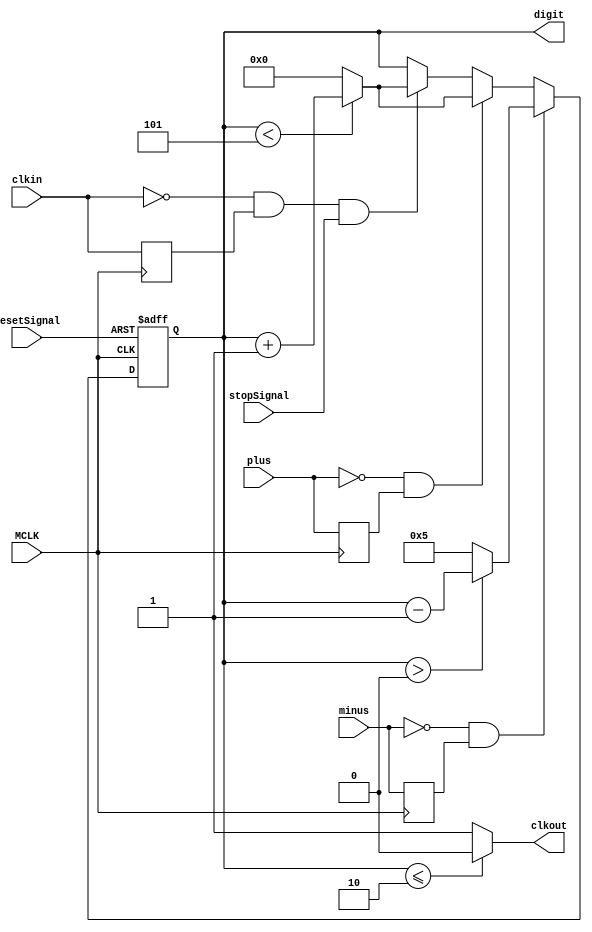
module Digits0to5(
	input clkin,
	input resetSignal,
	input plus,
	input minus,
	input stopSignal,
	input MCLK,
	
	output reg clkout,
	output reg [3:0] digit
);

parameter MIN_DIGIT = 0;
parameter MAX_DIGIT = 5;

reg prevPlus;
reg prevMinus;
reg prevClk;

reg midPlus;
reg midMinus;
reg midClk;

always@(digit)
	if(digit <= (MAX_DIGIT/2))
		clkout <= 0;
	else clkout <= 1;
	
always@(negedge MCLK)
	begin
		prevPlus <= plus;
		prevMinus <= minus;
		prevClk <= clkin;
	end
	
always@(negedge resetSignal, negedge MCLK)
	if(resetSignal == 0)
		begin
			digit <= 0;
		end
	else
		begin
			if(clkin == 0 & prevClk == 1 & stopSignal == 1)
				if (digit < MAX_DIGIT)
					digit <= digit + 1;
				else 
					digit <= MIN_DIGIT;
			if((plus == 0 & prevPlus == 1))
				if (digit < MAX_DIGIT)
					digit <= digit + 1;
				else 
					digit <= MIN_DIGIT;
			if(minus == 0 & prevMinus == 1)
				if (digit> MIN_DIGIT)
					digit <= digit - 1;
				else 
					digit <= MAX_DIGIT;
		end
		
endmodule